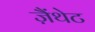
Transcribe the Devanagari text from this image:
ज़ैंथेट